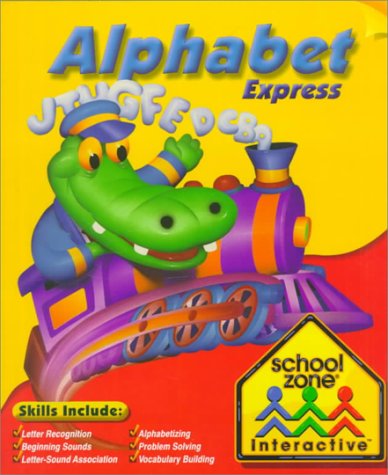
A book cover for Alphabet Express (School Zone Interactive, Ages 3-6); School Zone Publishing Interactive Staff; Children's Books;